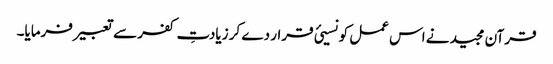
قرآن مجید نے اس عمل کو نسیئ قرار دے کر زیادتِ کفر سے تعبیر فرمایا۔